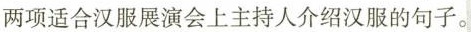
两项适合汉服展演会上主持人介绍汉服的句子。